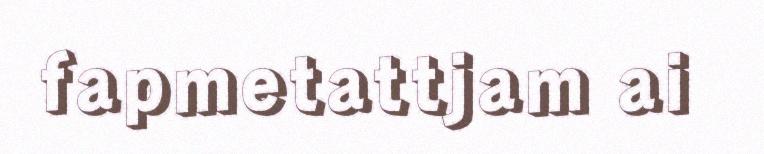
fapmetattjam ai